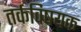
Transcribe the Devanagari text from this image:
तर्कविषयक